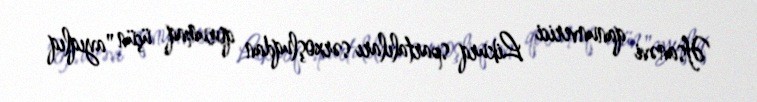
Əfsanəvi qanunverici Likurq spartalıları sərxoşluqdan qorumaq üçün "ayıqlıq